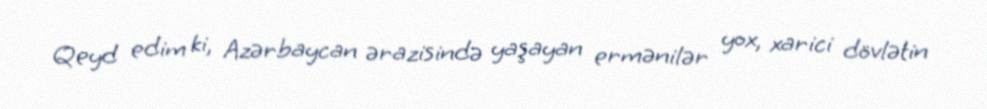
Qeyd edim ki, Azərbaycan ərazisində yaşayan ermənilər yox, xarici dövlətin